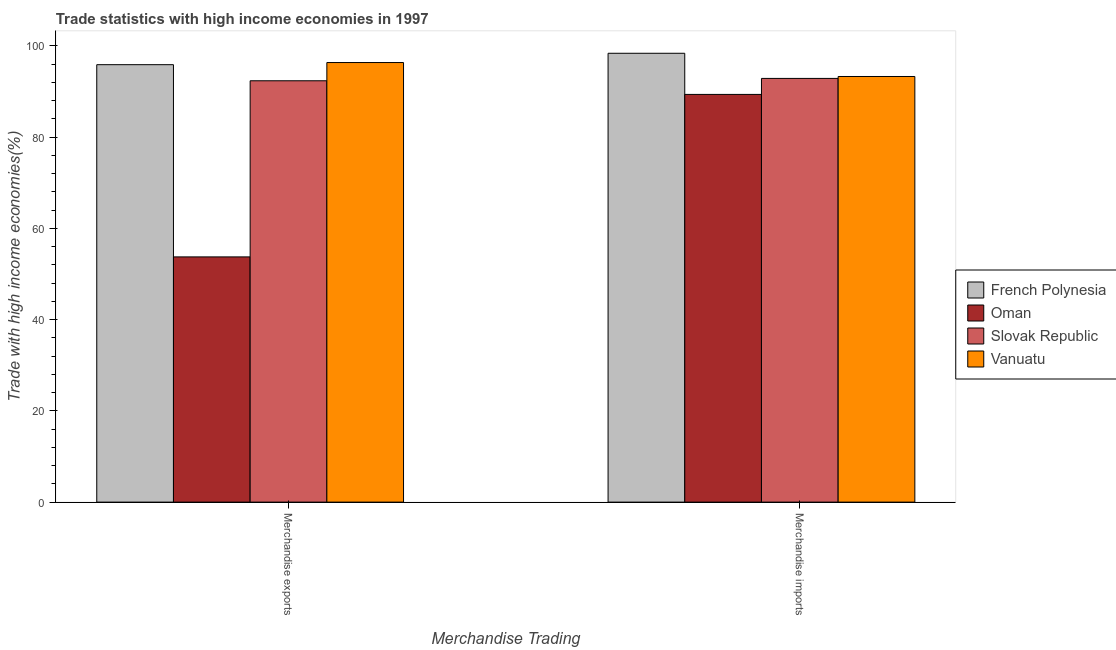
| Merchandise Trading | French Polynesia | Oman | Slovak Republic | Vanuatu |
 | --- | --- | --- | --- | --- |
 | Merchandise exports | 95.9 | 53.8 | 92.4 | 96.4 |
 | Merchandise imports | 98.4 | 89.4 | 92.9 | 93.3 |